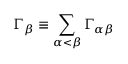
\Gamma _ { \beta } \equiv \sum _ { \alpha < \beta } \Gamma _ { \alpha \beta }